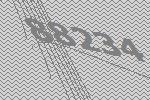
88234